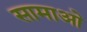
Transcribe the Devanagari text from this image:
सामाओ